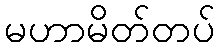
မဟာမိတ်တပ်